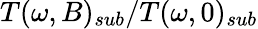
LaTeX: T(\omega,B)_{sub}/T(\omega,0)_{sub}